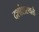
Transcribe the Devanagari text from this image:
दशांशस्थळे